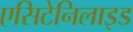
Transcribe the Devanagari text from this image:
एसिटेनिलाइड